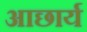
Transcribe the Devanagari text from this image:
आछार्य